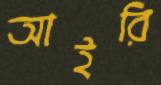
আইরি